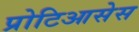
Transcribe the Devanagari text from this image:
प्रोटिआसेस